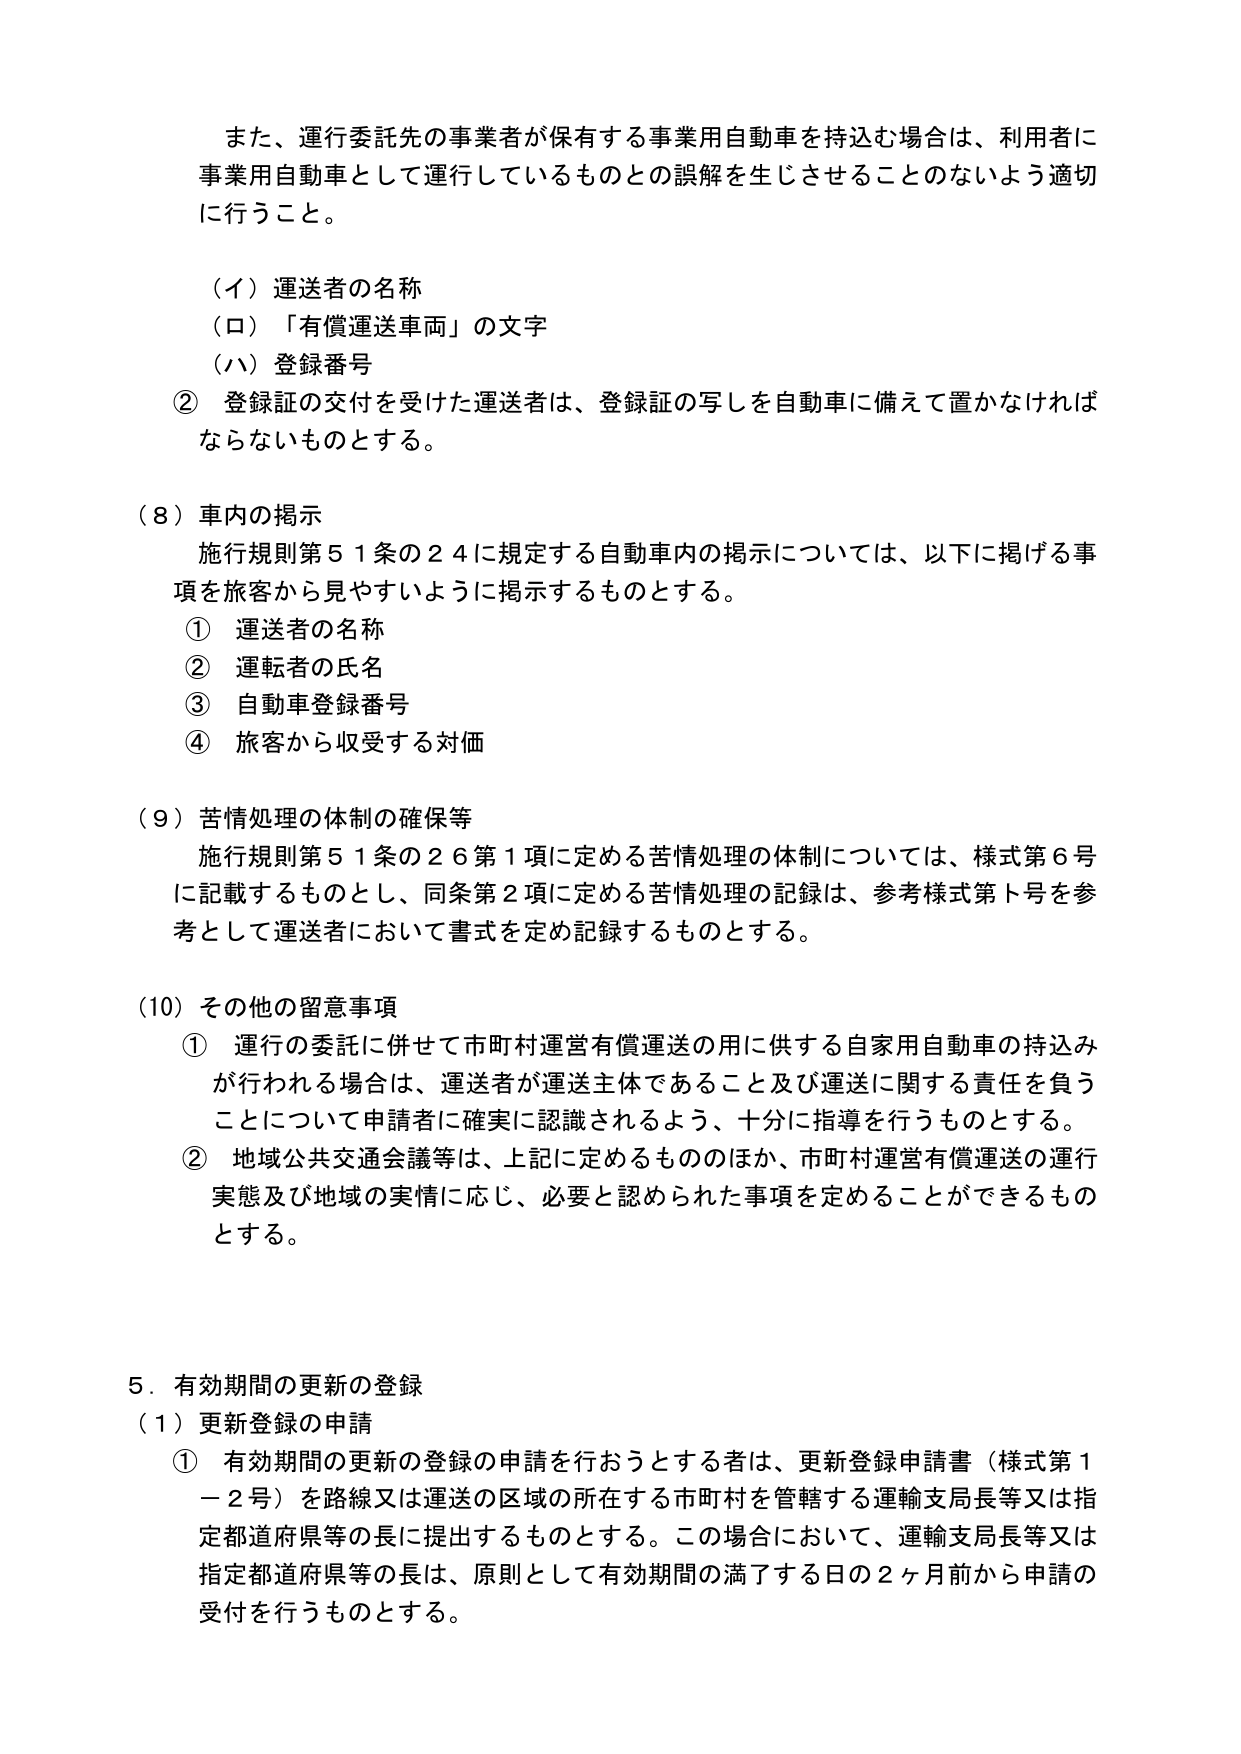
また、運行委託先の事業者が保有する事業用自動車を持込む場合は、利用者に事業用自動車として運行しているものとの誤解を生じさせることのないよう適切に行うこと。

（イ）運送者の名称
（ロ）「有償運送車両」の文字
（ハ）登録番号
② 登録証の交付を受けた運送者は、登録証の写しを自動車に備えて置かなければならないものとする。

（８）車内の掲示
施行規則第５１条の２４に規定する自動車内の掲示については、以下に掲げる事項を旅客から見やすいように掲示するものとする。
① 運送者の名称
② 運転者の氏名
③ 自動車登録番号
④ 旅客から収受する対価

（９）苦情処理の体制の確保等
施行規則第５１条の２６第１項に定める苦情処理の体制については、様式第６号に記載するものとし、同条第２項に定める苦情処理の記録は、参考様式第ト号を参考として運送者において書式を定め記録するものとする。

（10）その他の留意事項
① 運行の委託に併せて市町村運営有償運送の用に供する自家用自動車の持込みが行われる場合は、運送者が運送主体であること及び運送に関する責任を負うことについて申請者に確実に認識されるよう、十分に指導を行うものとする。
② 地域公共交通会議等は、上記に定めるもののほか、市町村運営有償運送の運行実態及び地域の実情に応じ、必要と認められた事項を定めることができるものとする。

５．有効期間の更新の登録
（１）更新登録の申請
① 有効期間の更新の登録の申請を行おうとする者は、更新登録申請書（様式第１－２号）を路線又は運送の区域の所在する市町村を管轄する運輸支局長等又は指定都道府県等の長に提出するものとする。この場合において、運輸支局長等又は指定都道府県等の長は、原則として有効期間の満了する日の２ヶ月前から申請の受付を行うものとする。